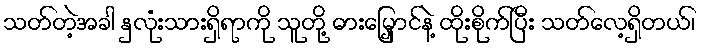
သတ်တဲ့အခါ နှလုံးသားရှိရာကို သူတို့ ဓားမြှောင်နဲ့ ထိုးစိုက်ပြီး သတ်လေ့ရှိတယ်၊